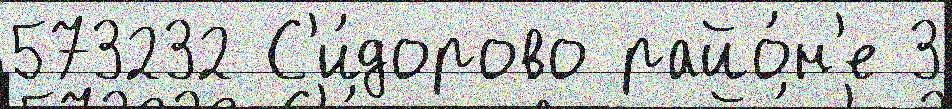
573232 С'и́дорово райо́н'е 3